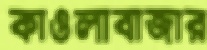
কাওলাবাজার